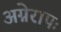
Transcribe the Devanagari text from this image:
अग्नेरापः